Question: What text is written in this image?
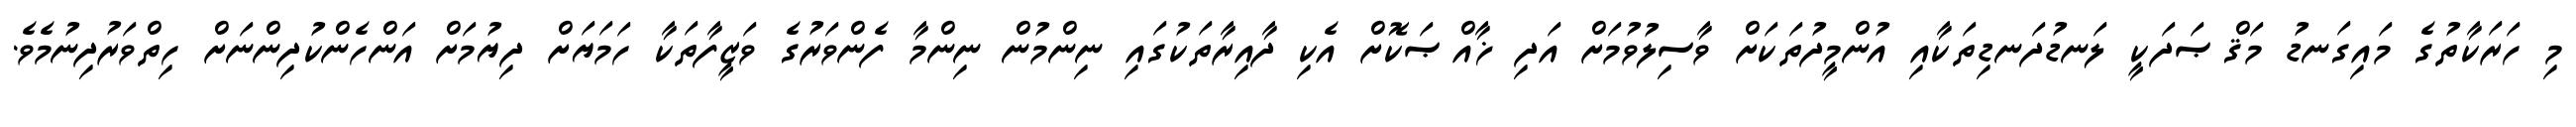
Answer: މި ހަރަކާތުގެ މައިގަނޑު މަޤްޞަދަކީ ލަނޑުދަނޑިތަކާއި އުންމީދުތަކަށް ވާސިލުވުމަށް އަދި ޚާއްޞަކޮށް އެކި ދާއިރާތަކުގައި ނިންމުން ނިންމާ ފެންވަރުގެ ވަޒީފާތަކާ ހަމަޔަށް ދިޔުމަށް އަންހެންކުދިންނަށް ހިތްވަރުދިނުމެވެ.